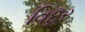
વિદૂર